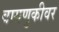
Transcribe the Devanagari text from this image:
वागणुकीवर